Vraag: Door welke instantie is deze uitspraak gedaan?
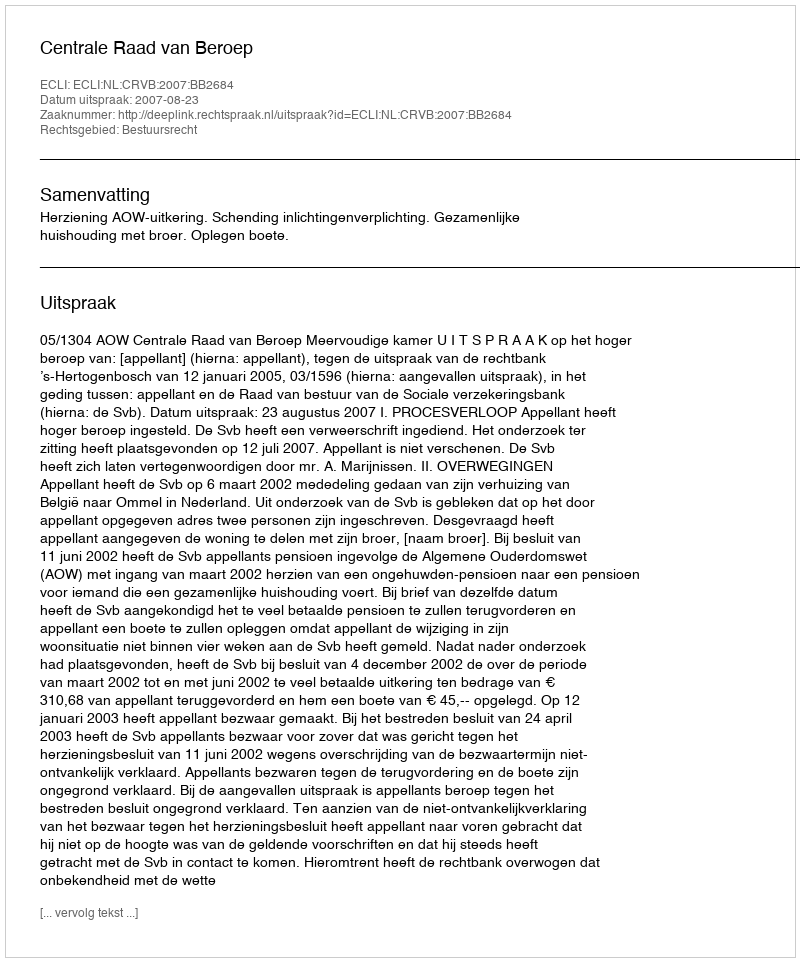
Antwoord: Centrale Raad van Beroep